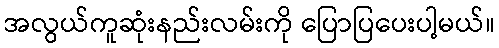
အလွယ်ကူဆုံးနည်းလမ်းကို ပြောပြပေးပါ့မယ်။